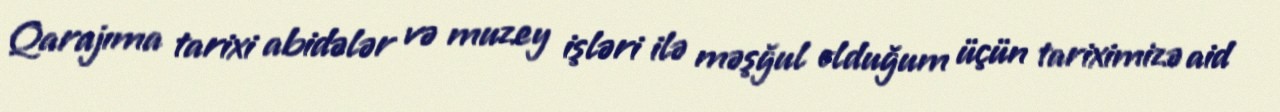
Qarajıma tarixi abidələr və muzey işləri ilə məşğul olduğum üçün tariximizə aid